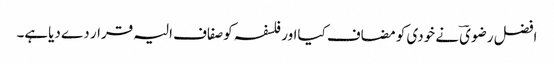
افضل رضویؔ نے خودی کو مضاف کیااور فلسفہ کوصفاف الیہ قرار دے دیاہے۔